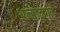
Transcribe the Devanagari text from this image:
अन्बाळगन